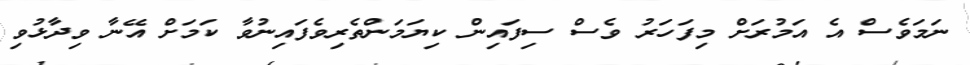
ނަމަވެސް އެ އަމުރަށް މިފަހަރު ވެސް ސިފައިން ކިޔަމަންތެރިވެފައިނުވާ ކަމަށް އޭނާ ވިދާޅުވި